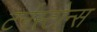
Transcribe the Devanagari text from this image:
टर्नस्टोन्स